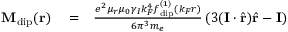
\begin{array} { r l r } { \mathbf { M } _ { \mathrm { d i p } } ( \mathbf { r } ) } & { { } = } & { \frac { e ^ { 2 } \mu _ { r } \mu _ { 0 } \gamma _ { I } k _ { F } ^ { 4 } f _ { \mathrm { d i p } } ^ { ( 1 ) } \left( k _ { F } r \right) } { 6 \pi ^ { 3 } m _ { e } } \left( 3 ( \mathbf { I } \cdot \hat { \mathbf { r } } ) \hat { \mathbf { r } } - \mathbf { I } \right) } \end{array}